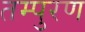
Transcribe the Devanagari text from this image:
तम्पुरण